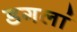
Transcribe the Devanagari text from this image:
डगलां